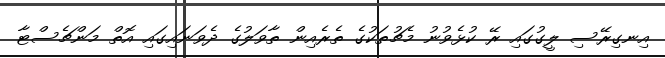
އިނގިރޭސި ލީގުގައި ރޭ ކުޅެވުނު މެޗުތަކުގެ ތެރެއިން ތާވަލުގެ ދެވަނައިގައި އޮތް މަންޗެސްޓާ